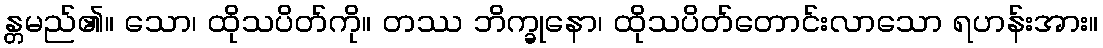
န္တမည်၏။ သော၊ ထိုသပိတ်ကို။ တဿ ဘိက္ခုနော၊ ထိုသပိတ်တောင်းလာသော ရဟန်းအား။